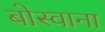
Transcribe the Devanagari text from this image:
बोस्वाना